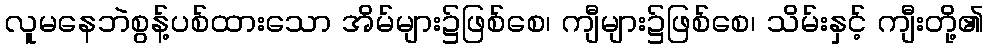
လူမနေဘဲစွန့်ပစ်ထားသော အိမ်များ၌ဖြစ်စေ၊ ကျီများ၌ဖြစ်စေ၊ သိမ်းနှင့် ကျီးတို့၏